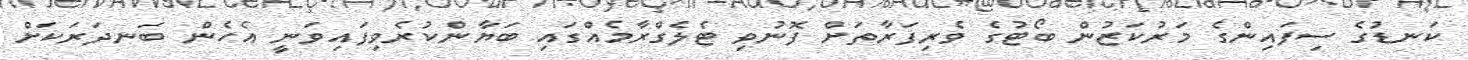
ކަނޑުގެ ސިފައިންގެ މަރުކަޒުން ބޯޓުގެ ވެރިފަރާތަށް ފޮނުވި ޓެލެގްރާމެއްގައި ބަޔާންކުރެވިފައިވަނީ އެހެން ބަނދަރަކަށް